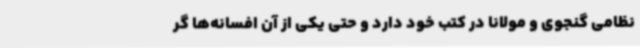
نظامی گنجوی و مولانا در کتب خود دارد و حتی یکی از آن افسانه‌ها گر